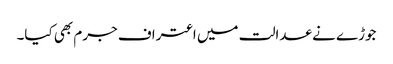
جوڑے نے عدالت میں اعتراف جرم بھی کیا۔